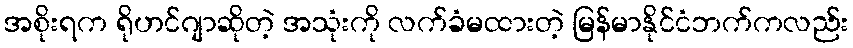
အစိုးရက ရိုဟင်ဂျာဆိုတဲ့ အသုံးကို လက်ခံမထားတဲ့ မြန်မာနိုင်ငံဘက်ကလည်း